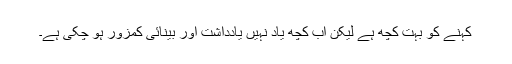
کہنے کو بہت کچھ ہے لیکن اب کچھ یاد نہیں یادداشت اور بینائی کمزور ہو چکی ہے۔